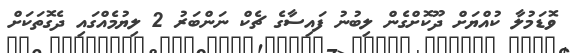
ވޮޑަމުލާ ކުއްޔަށް ދޫކޮށްގެން ލިބުނު ފައިސާގެ ޗެކް ނަންބަރު 2 ލިޔުމެއްގައި ދެގޮތަކަށް